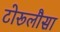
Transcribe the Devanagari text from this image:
टोरूलौसा